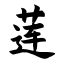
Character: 莲